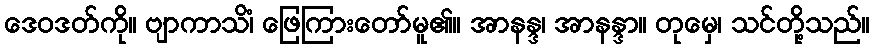
ဒေဝဒတ်ကို။ ဗျာကာသိံ၊ ဖြေကြားတော်မူ၏။ အာနန္ဒ၊ အာနန္ဒာ။ တုမှေ၊ သင်တို့သည်။